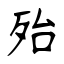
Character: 殆